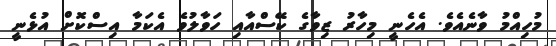
މުހިއްމު ވާނެއެވެ. އެހެނީ މިހާރު ޒިވާގެ ކޭސްއާއި ހަވާލުވެ އެކަމާ އިސްކޮށް އުޅެނީ